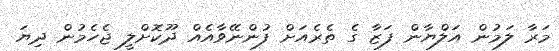
މަރާ ލަމުން އަލްޔާން ފަޒާ ގެ ތެރެއަށް ފުންނޭވާއެއް ދޫކޮށްލީ ޖެހެމުން ދިޔަ